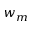
w _ { m }